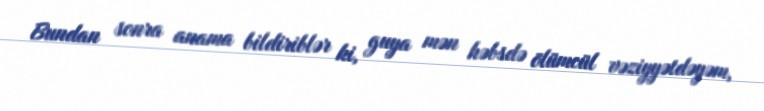
Bundan sonra anama bildiriblər ki, guya mən həbsdə ölümcül vəziyyətdəyəm,